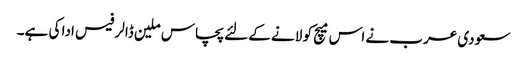
سعودی عرب نے اس میچ کو لانے کے لئے پچاس ملین ڈالر فیس ادا کی ہے۔